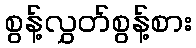
စွန့်လွှတ်စွန့်စား